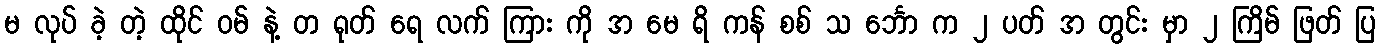
မ လုပ် ခဲ့ တဲ့ ထိုင် ဝမ် နဲ့ တ ရုတ် ရေ လက် ကြား ကို အ မေ ရိ ကန် စစ် သ င်္ဘော က ၂ ပတ် အ တွင်း မှာ ၂ ကြိမ် ဖြတ် ပြ